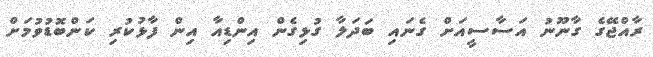
ރާއްޖޭގެ ގާނޫނު އަސާސީއަށް ގެނައި ބަދަލާ ގުޅިގެން އިންޑިއާ އިން ފާޅުކުރި ކަންބޮޑުވުމަށް